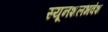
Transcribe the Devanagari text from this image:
स्यूनशलभवंश